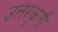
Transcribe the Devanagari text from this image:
उत्तरकृती